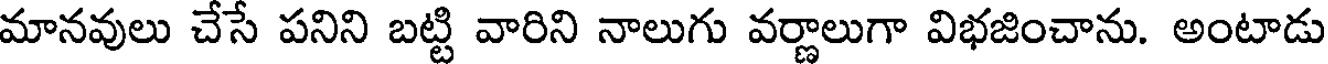
మానవులు చేసే పనిని బట్టి వారిని నాలుగు వర్ణాలుగా విభజించాను. అంటాడు